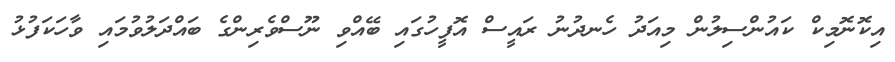
އިކޮނޮމިކް ކައުންސިލުން މިއަދު ހެނދުނު ރައީސް އޮފީހުގައި ބޭއްވި ނޫސްވެރިންގެ ބައްދަލުވުމައި ވާހަކަފުޅު